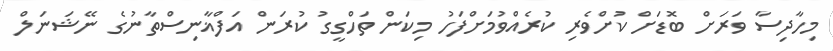
މިހާދިސާ ވަރަށް ބޮޑަށް ކުށްވެރި ކުރެއްވުމަށްފަހު މިކަން ތަހްގީގު ކުރަން އަފްޣާނިސްތާނުގެ ނޭޝަނަލް